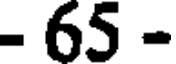
- 65 -